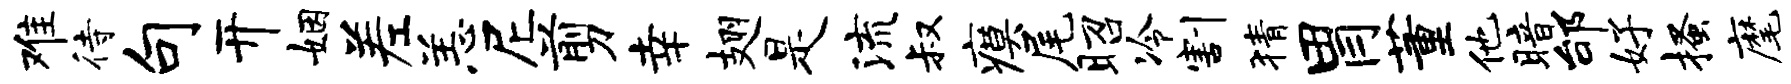
难待句开姻差恙尼剪幸翅是流叔瘼尾昭冷割猜胃董他暗邰好搔麾